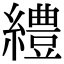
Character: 䌡